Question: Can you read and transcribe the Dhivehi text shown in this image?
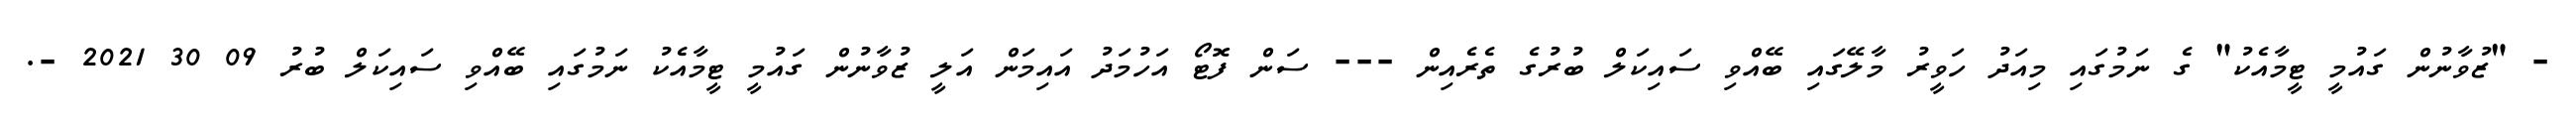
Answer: - "ޒުވާނުން ގައުމީ ޓީމާއެކު" ގެ ނަމުގައި މިއަދު ހަވީރު މާލޭގައި ބޭއްވި ސައިކަލް ބުރުގެ ތެރެއިން --- ސަން ފޮޓޯ އަހުމަދު އައިމަން އަލީ ޒުވާނުން ގައުމީ ޓީމާއެކު ނަމުގައި ބޭއްވި ސައިކަލް ބުރު 09 30 2021 -.